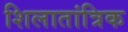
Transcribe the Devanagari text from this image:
शिलातांत्रिक